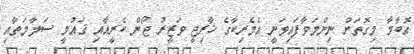
އޮބާމާ މިގޮތަށް ނިންމަވާފައިވަނީ އެމެރިކާގެ ޚާރިޖީ ވަޒީރު ޖޯން ކެރީއާއި ޤައުމީ ސަލާމަތާއި